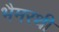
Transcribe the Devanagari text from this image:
भैमरथी